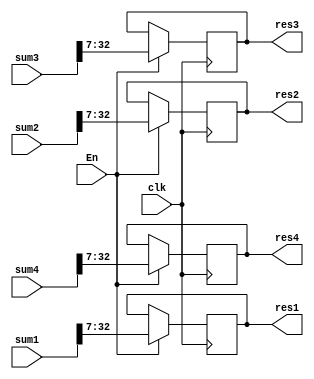
module CenDivider(
	input wire En,
	input wire clk,
	
	input wire signed [39:0] sum1,
	input wire signed [39:0] sum2,
	input wire signed [39:0] sum3,
	input wire signed [39:0] sum4,
	
	output reg signed [25:0] res1,
	output reg signed [25:0] res2,
	output reg signed [25:0] res3,
	output reg signed [25:0] res4
	
);

always @(posedge clk)
begin
	if(En) begin
		res1 <= sum1[32:7];	// division by 128
		res2 <= sum2[32:7];
		res3 <= sum3[32:7];
		res4 <= sum4[32:7];
		
	end
end
endmodule